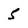
Character: 5